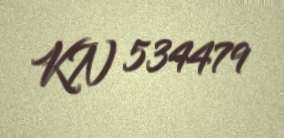
KN 534479